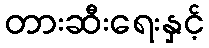
တားဆီးရေးနှင့်